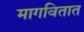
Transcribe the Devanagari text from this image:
मागवितात